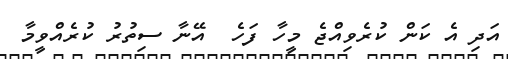
އަދި އެ ކަން ކުރެވިއްޖެ މީހާ ފަހެ  އޭނާ ސިތުރު ކުރެއްވީމާ